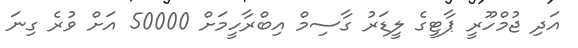
އަދި ޖުމްހޫރީ ޕާޓީގެ ލީޑަރު ގާސިމް އިބްރާހީމަށް 50000 އަށް ވުރެ ގިނަ